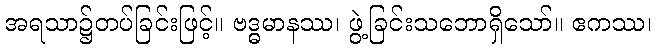
အရသာ၌တပ်ခြင်းဖြင့်။ ဗဒ္ဓမာနဿ၊ ဖွဲ့ခြင်းသဘောရှိသော်။ ဧကဿ၊